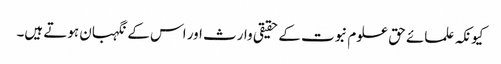
کیونکہ علمائے حق علوم نبوت کے حقیقی وارث اور اس کے نگہبان ہوتے ہیں۔